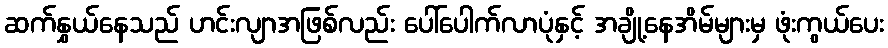
ဆက်နွှယ်နေသည် ဟင်းလျာအဖြစ်လည်း ပေါ်ပေါက်လာပုံနှင့် အချို့နေအိမ်များမှ ဖုံးကွယ်ပေး